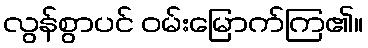
လွန်စွာပင် ဝမ်းမြောက်ကြ၏။